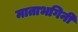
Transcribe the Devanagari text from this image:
माताभगिनी